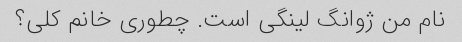
نام من ژوانگ لینگی است. چطوری خانم کلی؟